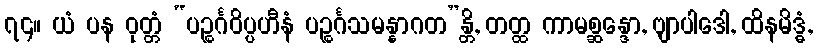
၇၄။ ယံ ပန ဝုတ္တံ “ပဉ္စင်္ဂဝိပ္ပဟီနံ ပဉ္စင်္ဂသမန္နာဂတ”န္တိ, တတ္ထ ကာမစ္ဆန္ဒော, ဗျာပါဒေါ, ထိနမိဒ္ဓံ,